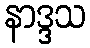
နာဒ္ဒသ